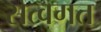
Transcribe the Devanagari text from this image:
सत्वगत